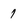
Character: 1